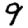
Digit: 9